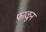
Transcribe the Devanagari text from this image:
फाळून